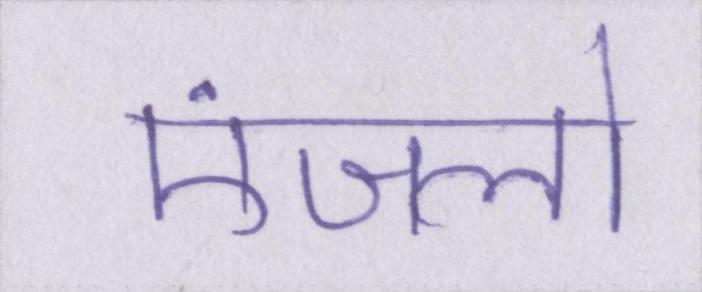
एंजलो